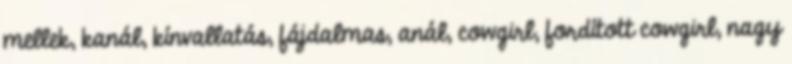
mellek, kanál, kínvallatás, fájdalmas, anál, cowgirl, fordított cowgirl, nagy